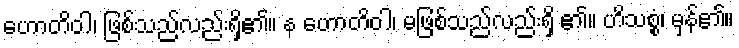
ဟောတိဝါ၊ ဖြစ်သည်လည်းရှိ၏။ န ဟောတိဝါ၊ မဖြစ်သည်လည်းရှိ ၏။ ဟိသစ္စံ၊ မှန်၏။